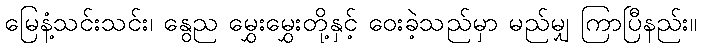
မြေနံ့သင်းသင်း၊ နွေည မွှေးမွှေးတို့နှင့် ဝေးခဲ့သည်မှာ မည်မျှ ကြာပြီနည်း။